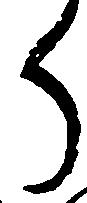
ら